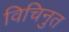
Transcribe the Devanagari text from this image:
विचिनुत